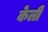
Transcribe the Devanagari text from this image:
केली